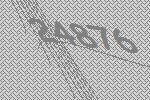
24876